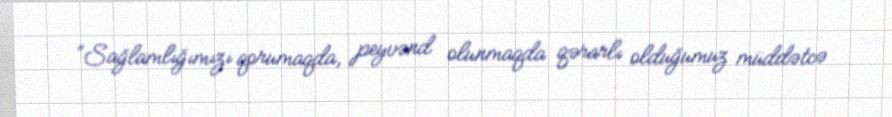
“Sağlamlığımızı qorumaqda, peyvənd olunmaqda qərarlı olduğumuz müddətcə